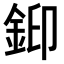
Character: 𮡳